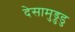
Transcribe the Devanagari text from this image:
देसामुड्रुडु